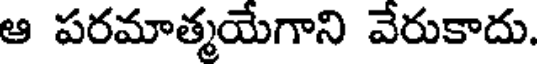
ఆ పరమాత్మయేగాని వేరుకాదు.